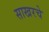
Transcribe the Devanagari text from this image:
साखरचे